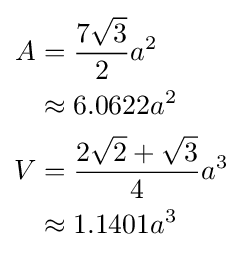
{\begin{aligned}A&={\frac {7{\sqrt {3}}}{2}}a^{2}\\&\approx 6.0622a^{2}\\V&={\frac {2{\sqrt {2}}+{\sqrt {3}}}{4}}a^{3}\\&\approx 1.1401a^{3}\end{aligned}}